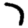
Digit: 7